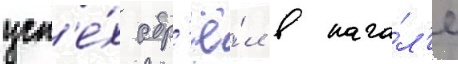
усп'е́х обр'ё́л в нача́л'е